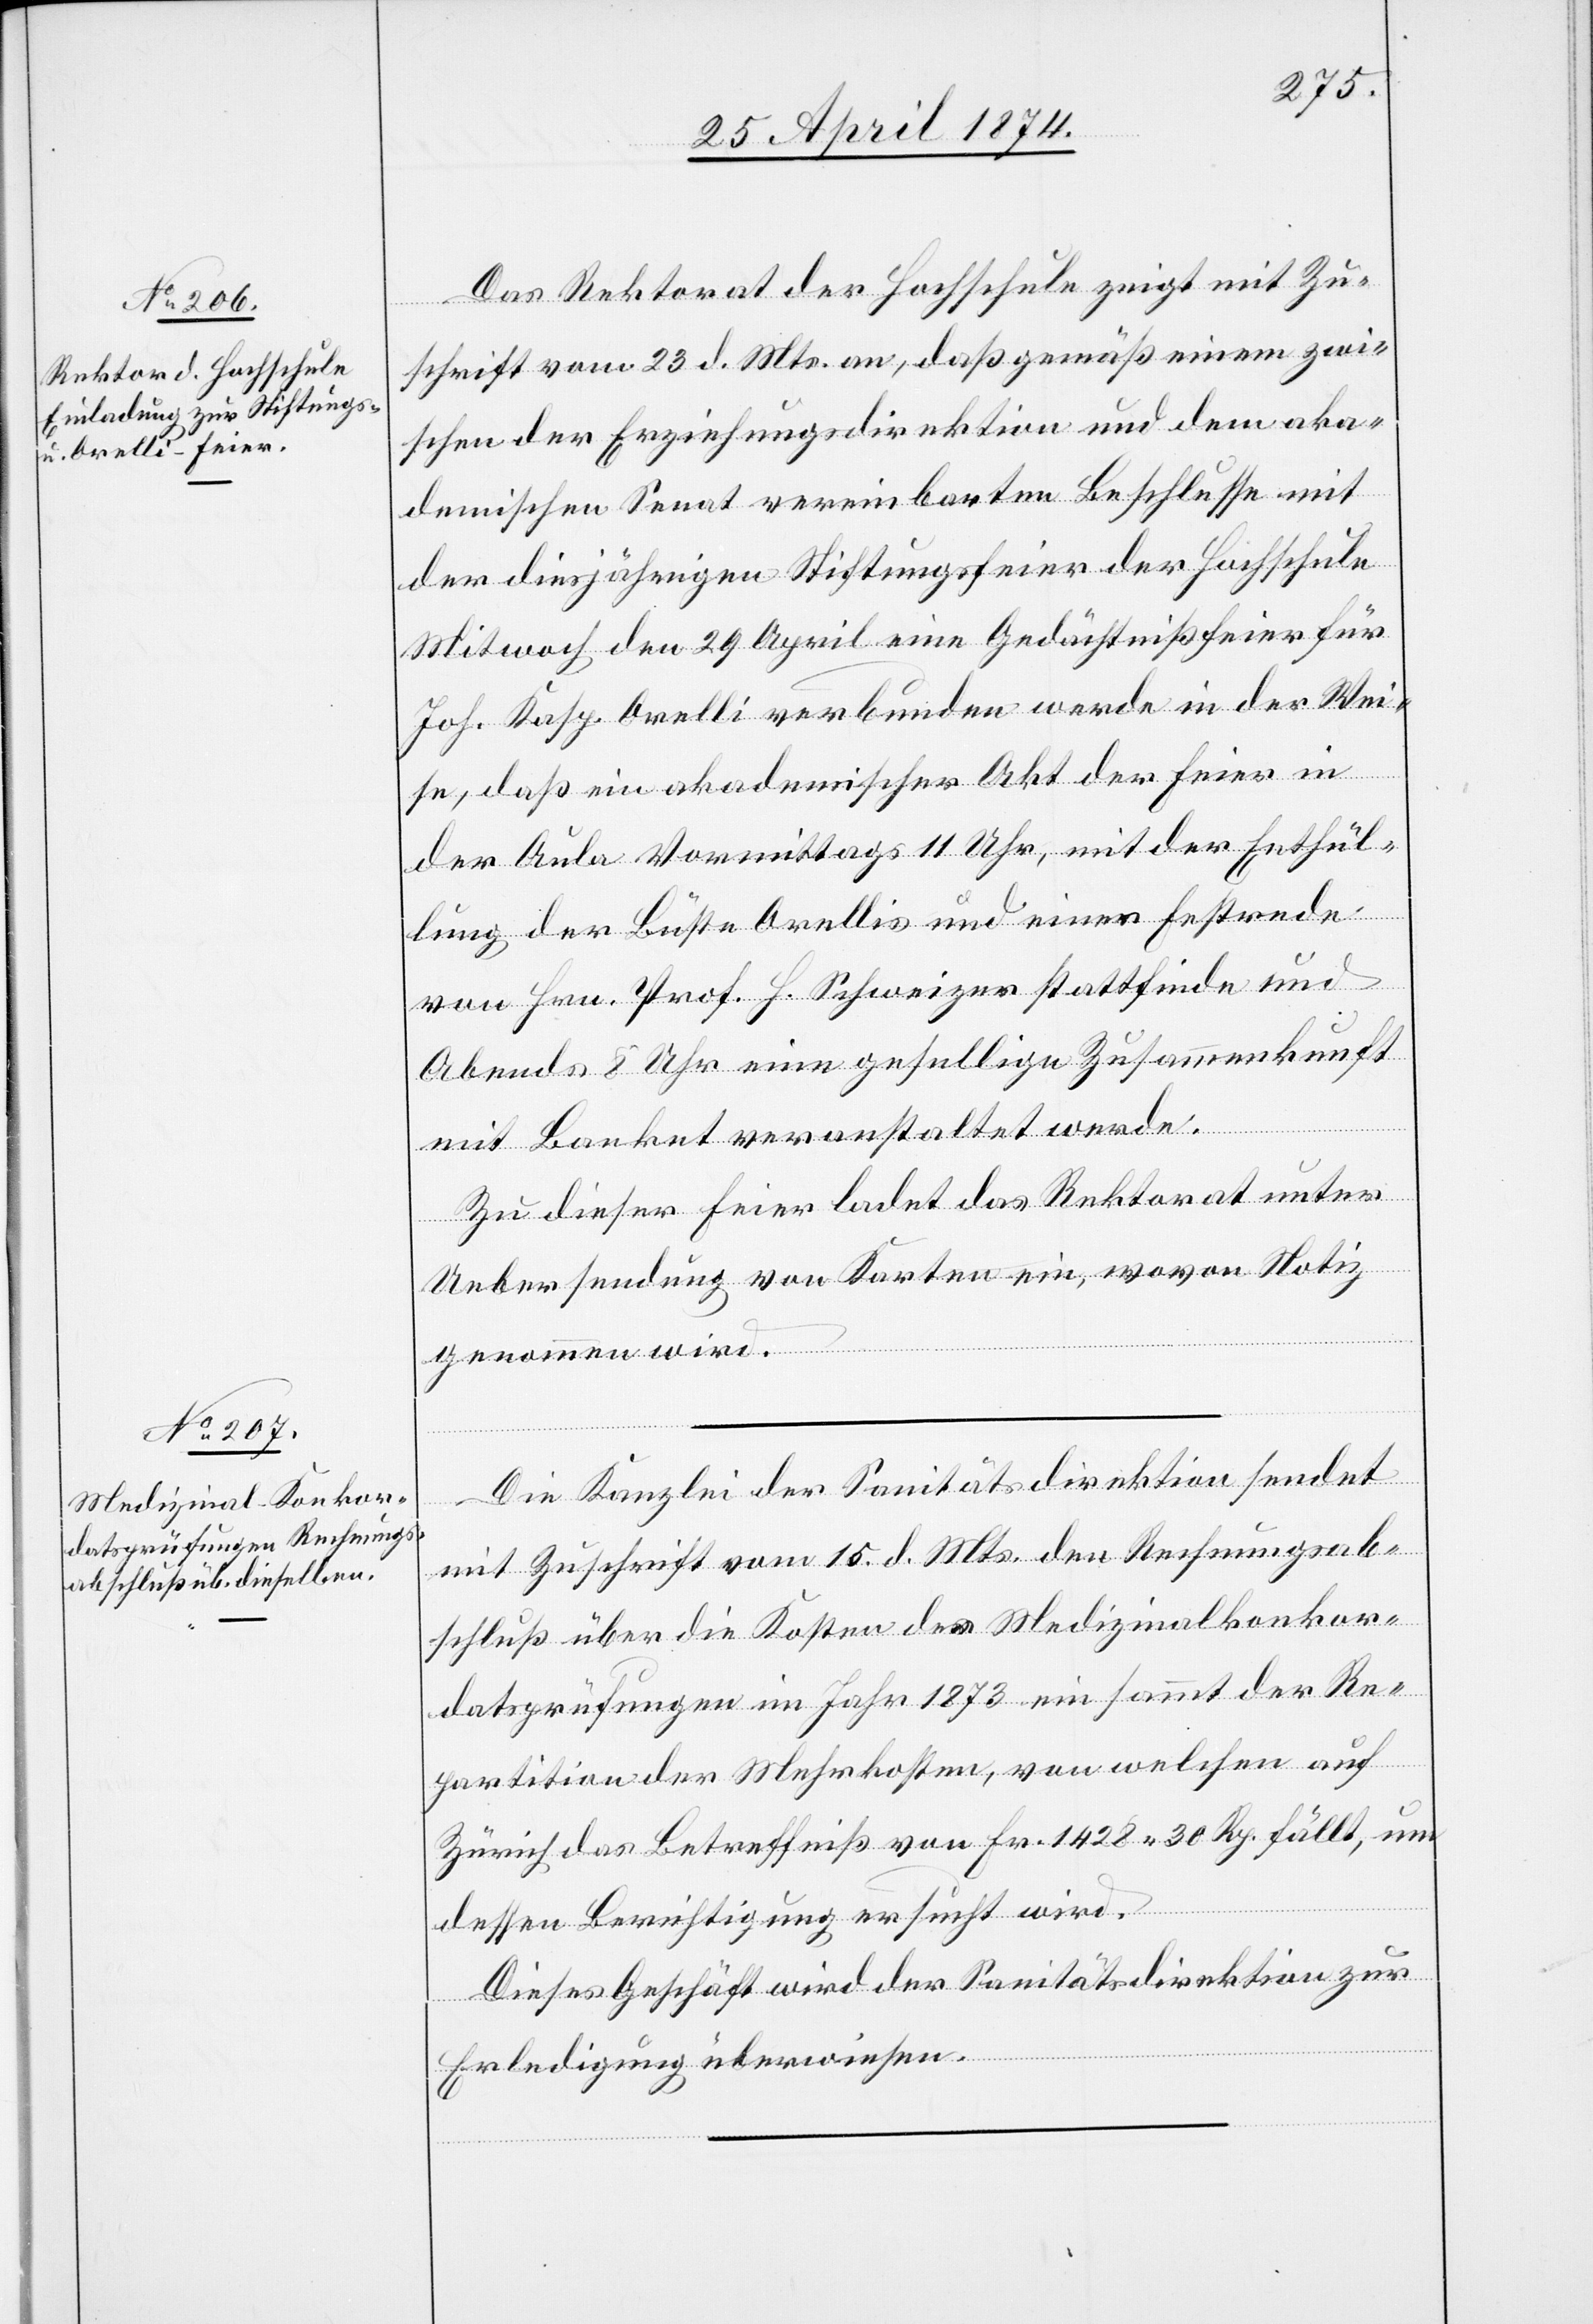
Das Rektorat der Hochschule zeigt mit Zu¬
schrift vom 23. d. Mts. an, daß gemäß einem zwi¬
schen der Erziehungsdirektion und dem aka¬
demischen Senat vereinbarten Beschlusse mit
der diesjährigen Stiftungsfeier der Hochschule
Mit[t]woch den 29. April eine Gedächtnißfeier für
Joh. Kasp. Orelli verbunden werde in der Wei¬
se, daß ein akademischer Akt der Feier in
der Aula Vormittags 11 Uhr, mit der Enthül¬
lung der Büste Orellis und einer Erstrede
von Hrn. Prof. H. Schweizer stattfinde und
Abends 8 Uhr eine gesellige Zusammenkunft
mit Banket veranstaltet werde.
Zu dieser Feier ladet das Rektorat unter
Uebersendung von Karten ein, wovon Notiz
genommen wird.
Die Kanzlei der Sanitätsdirektion sendet
mit Zuschrift vom 15. d. Mts. den Rechungsab¬
schluß über die Kosten der Medizinalkonkor¬
datsprüfungen im Jahr 1873 ein sammt der Re¬
partition der Mehrkosten, von welchen auf
Zürich das Betreffniß von Fr. 1428.30 Rp. fällt, um
dessen Berichtigung ersucht wird.
Dieses Geschäft wird der Sanitätsdirektion zur
Erledigung überwiesen.